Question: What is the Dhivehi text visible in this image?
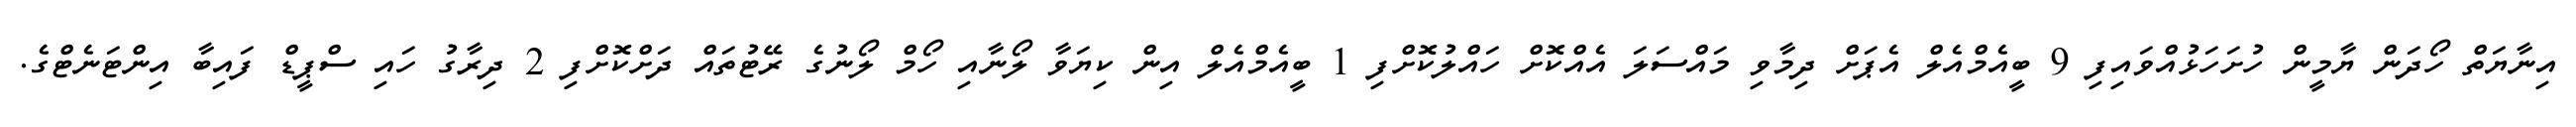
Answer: އިނާޔަތް ހޯދަން ޔާމީން ހުށަހަޅުއްވައިފި 9 ބީއެމްއެލް އެޕަށް ދިމާވި މައްސަލަ އެއްކޮށް ހައްލުކޮށްފި 1 ބީއެމްއެލް އިން ކިޔަވާ ލޯނާއި ހޯމް ލޯނުގެ ރޭޓުތައް ދަށްކޮށްފި 2 ދިރާގު ހައި ސްޕީޑް ފައިބާ އިންޓަނެޓްގެ.